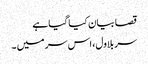
قصا بیان کیا گیا ہے
سر بلاول، اس سر میں ۔